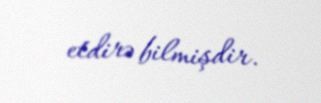
etdirə bilmişdir.